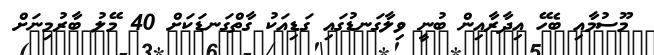
މޫސުމާއި ބެހޭ އިދާރާއިން ބުނީ ވިލާގަނޑުގައި ގަޑިއަކު ގާތްގަނޑަކަށް 40 މޭލު ބާރުމިނަށް